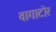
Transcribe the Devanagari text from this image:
वागाटोर